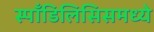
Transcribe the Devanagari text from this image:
स्पाँडिलिसिसमध्ये